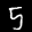
Label: 5